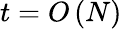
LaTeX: t=O\left(N\right)